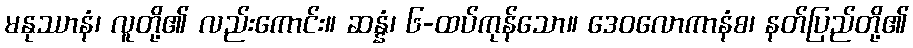
မနုဿာနံ၊ လူတို့၏ လည်းကောင်း။ ဆန္နံ၊ ၆-ထပ်ကုန်သော။ ဒေဝလောကာနံစ၊ နတ်ပြည်တို့၏